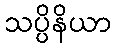
သပ္ပိနိယာ